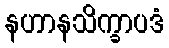
နဟာနသိက္ခာပဒံ